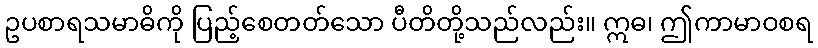
ဥပစာရသမာဓိကို ပြည့်စေတတ်သော ပီတိတို့သည်လည်း။ ဣဓ၊ ဤကာမာဝစရ